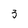
Character: 3